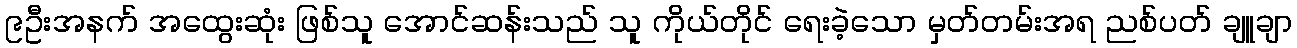
၉ဦးအနက် အထွေးဆုံး ဖြစ်သူ အောင်ဆန်းသည် သူ ကိုယ်တိုင် ရေးခဲ့သော မှတ်တမ်းအရ ညစ်ပတ် ချူချာ